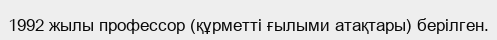
1992 жылы профессор (құрметті ғылыми атақтары) берілген.